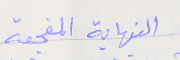
النهاية المفجعة